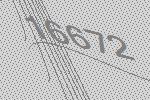
16672